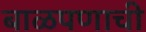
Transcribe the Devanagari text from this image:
बाळपणाची